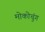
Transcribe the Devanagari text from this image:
मोकोचुंग